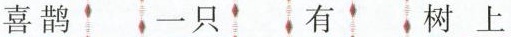
喜鹊 一只 有 树上